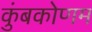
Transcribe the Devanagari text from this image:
कुंबकोणम